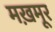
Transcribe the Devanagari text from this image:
मख़मूर